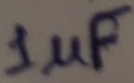
Text: 1µF